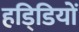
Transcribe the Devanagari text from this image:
हडि्डियों